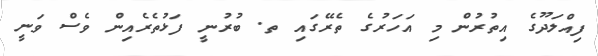
ފިއްލަދޫގެ އިތުރުން މި އަހަރުގެ ތެރޭގައި ތ. ބުރުނީ ފަޅުތެރެއިން ވެސް ވަނީ